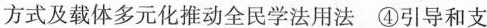
方式及载体多元化推动全民学法用法④引导和支